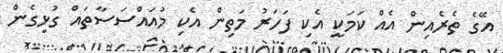
އޭގެ ތެރެއިން އެއް ކަމަކީ އެކި ފަހަރު މަތިން އެކި މުއައްސަސާތައް ގުޅިގެން